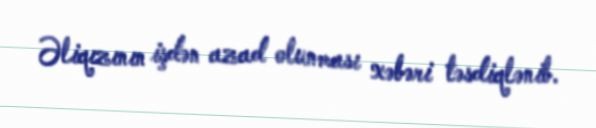
Əliqızının işdən azad olunması xəbəri təsdiqlənib.